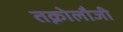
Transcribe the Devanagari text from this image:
तक्नोलौजी